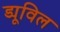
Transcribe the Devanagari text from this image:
ड्यूविल